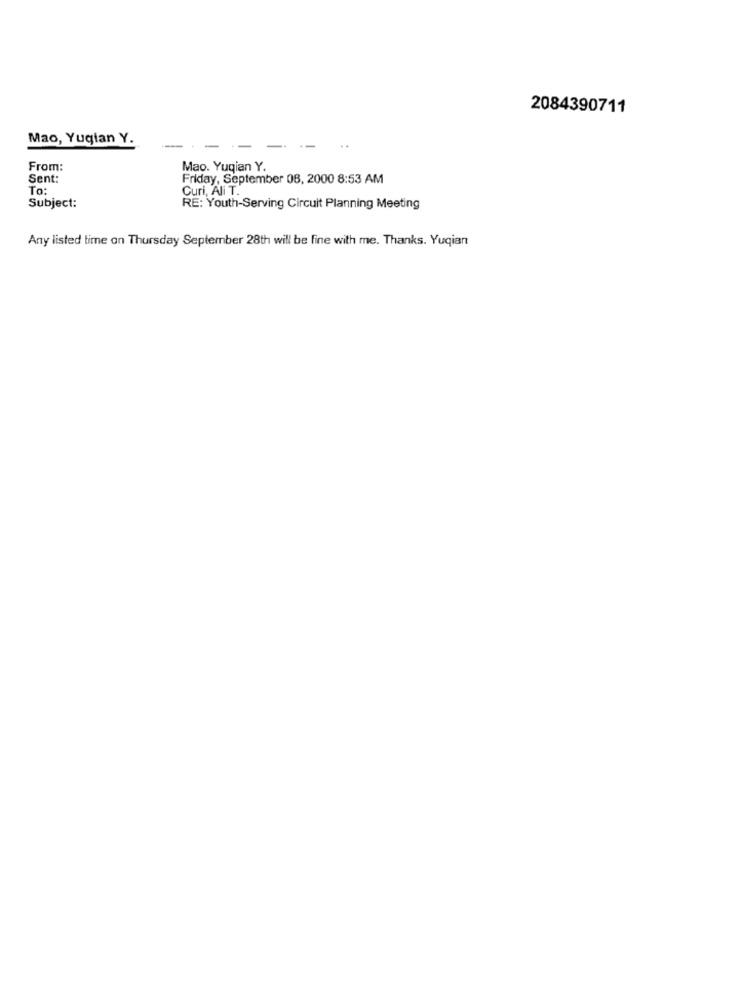
2084390711
Mao, Yuqian Y.
--
From:
Mao. Yuqian Y.
Sent:
Friday, September 08, 2000 8:53 AM
To:
Curi, Ali T.
Subject:
RE: Youth-Serving Circuit Planning Meeting
Any listed time on Thursday September 28th will be fine with me. Thanks. Yuqian